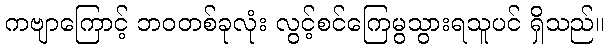
ကဗျာကြောင့် ဘဝတစ်ခုလုံး လွင့်စင်ကြေမွသွားရသူပင် ရှိသည်။